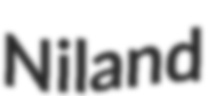
Niland